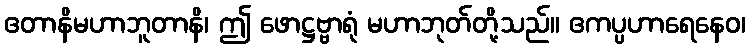
ဧတာနိမဟာဘူတာနိ၊ ဤ ဖောဋ္ဌဗ္ဗာရုံ မဟာဘုတ်တို့သည်။ ဧကပ္ပဟာရေနေဝ၊